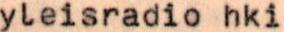
yleisradio hki